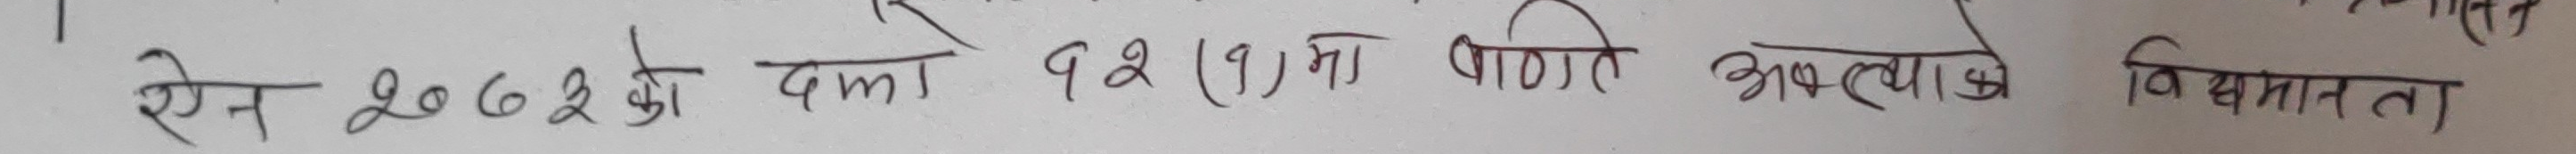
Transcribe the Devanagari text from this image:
रेन २०६२ को दफा १२(१) मा वर्णित अवस्थाको विद्यमानता